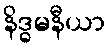
နိဒ္ဓမနီယာ